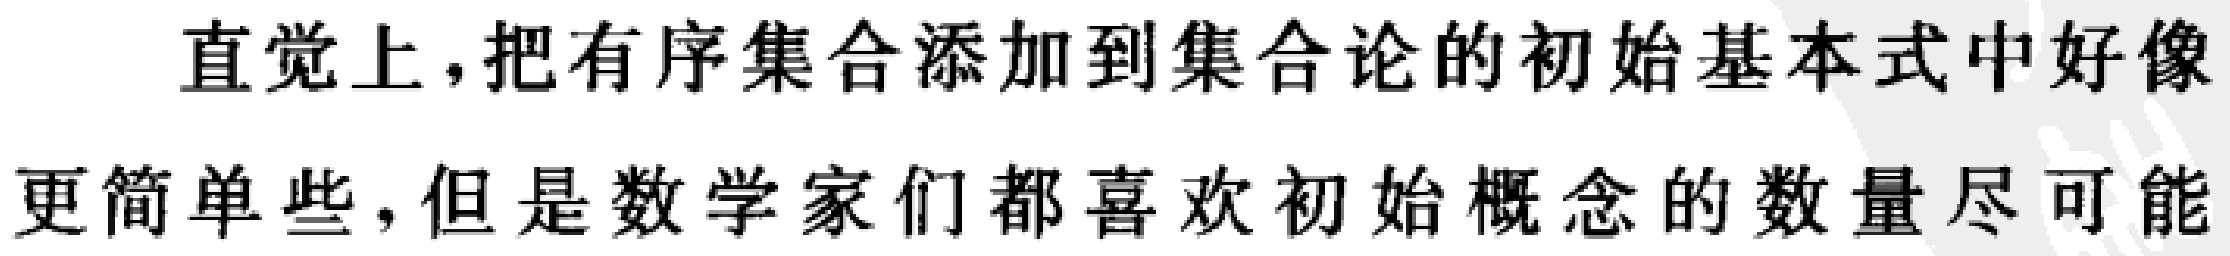
直觉上，把有序集合添加到集合论的初始基本式中好像更简单些，但是数学家们都喜欢初始概念的数量尽可能